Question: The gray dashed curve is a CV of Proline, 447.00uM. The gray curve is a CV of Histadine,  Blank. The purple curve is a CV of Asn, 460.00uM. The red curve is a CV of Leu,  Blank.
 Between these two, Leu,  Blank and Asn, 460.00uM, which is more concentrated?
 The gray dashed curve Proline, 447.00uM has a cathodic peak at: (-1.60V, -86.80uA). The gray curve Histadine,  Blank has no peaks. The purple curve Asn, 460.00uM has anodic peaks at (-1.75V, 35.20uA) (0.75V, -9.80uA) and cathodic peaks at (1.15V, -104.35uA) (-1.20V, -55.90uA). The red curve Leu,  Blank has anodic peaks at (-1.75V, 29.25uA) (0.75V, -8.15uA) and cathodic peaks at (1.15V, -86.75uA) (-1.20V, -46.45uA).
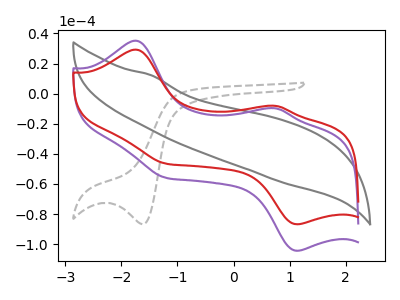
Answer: <think>All the peaks in "Leu,  Blank" have a peak in "Asn, 460.00uM" at the same potential.
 </think>
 <answer>I cant tell if "Leu,  Blank" or "Asn, 460.00uM" has higher concentration.</answer>
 <eval>mixed_concentration</eval>